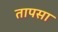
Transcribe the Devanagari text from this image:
तापसा